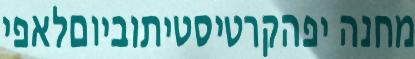
מחנה יפהקרטיסטיתוביוםלאפי